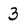
Character: 3